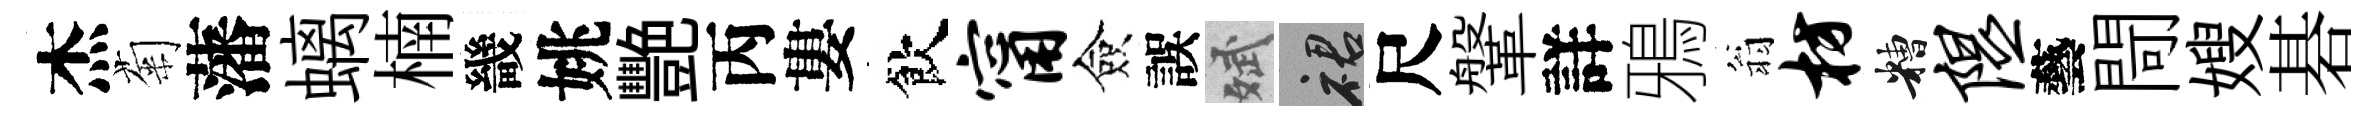
杰菊藩螭楠畿姚艷丙婁飲甯僉誤斌裙尺鞶詳鴉翁枋糟隰藝閜嫂碁